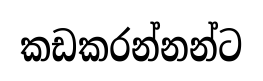
කඩකරන්නන්ට